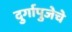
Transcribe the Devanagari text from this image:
दुर्गापुजेचे